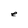
Character: e